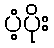
ပံ့ပိုး